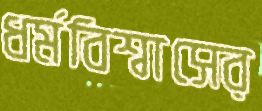
ধর্মবিশ্বাসের